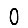
Digit: 0